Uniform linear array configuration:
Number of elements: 16
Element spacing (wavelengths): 0.5
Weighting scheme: blackman
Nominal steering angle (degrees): -60
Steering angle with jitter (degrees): -60.098
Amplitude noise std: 0.05
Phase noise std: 0.05

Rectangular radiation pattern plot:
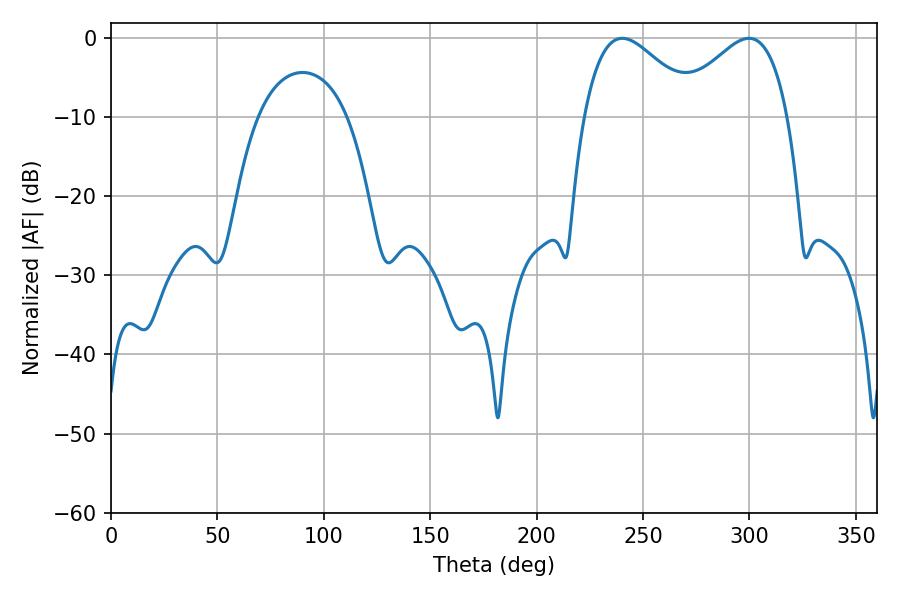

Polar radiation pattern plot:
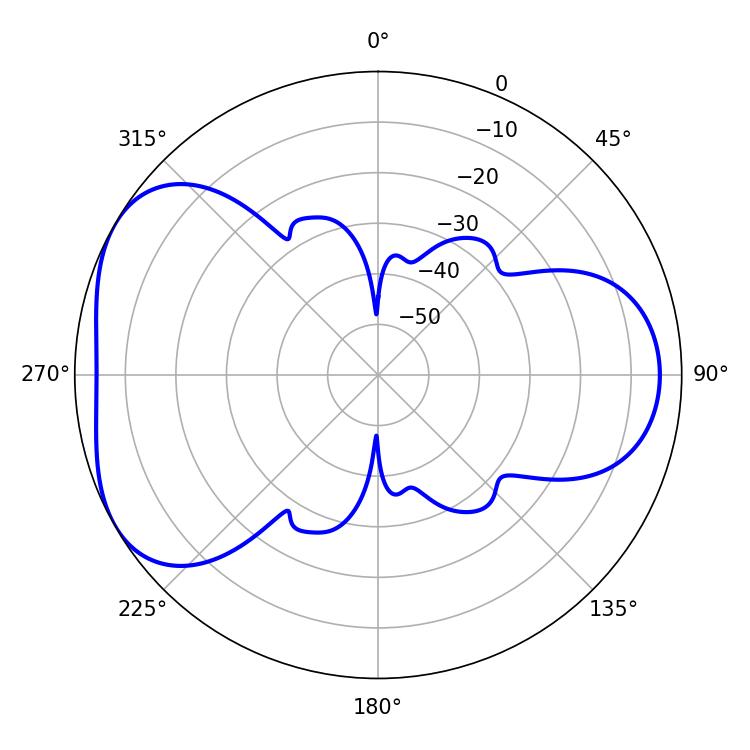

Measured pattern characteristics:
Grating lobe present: FALSE
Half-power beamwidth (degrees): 28.8
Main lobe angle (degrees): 240.3